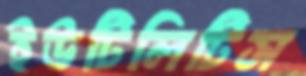
ইউটিলিটিস